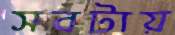
সবটায়